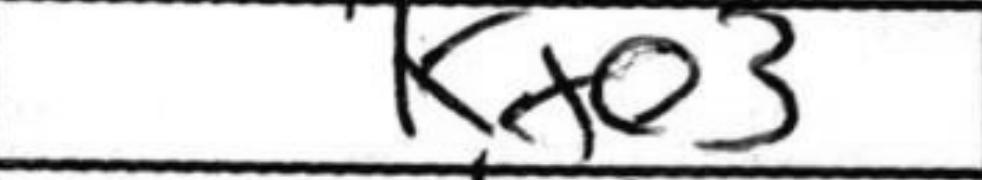
Transcription: Kxe3